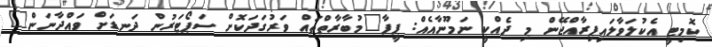
ކޮމިޓީ އެކުލަވާލައިފިރާއްޖޭން މި ދެއްކީ ނަމޫނާއެއް: ފީފާ"މުބާރާތްތައް ވަރުގަދަކޮށް ސަޕޯޓަރުން ދަނޑަށް ވައްދާނަން"